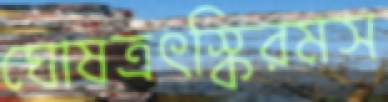
ঘোষত্রৎস্কিরমস